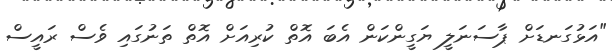
"އަޅުގަނޑަށް ޕާސަނަލީ ޔަގީންކަން އެބަ އޮތް ކުރިއަށް އޮތް ތަނުގައި ވެސް ރައީސް